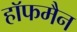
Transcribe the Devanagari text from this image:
हाॅफमैन